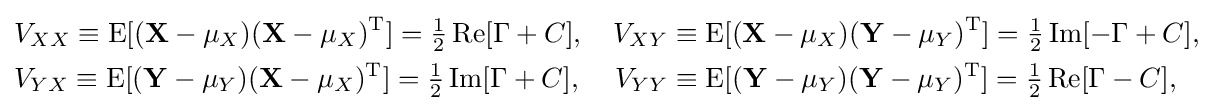
{\begin{aligned}&V_{XX}\equiv \operatorname {E} [(\mathbf {X} -\mu _{X})(\mathbf {X} -\mu _{X})^{\mathrm {T} }]={\tfrac {1}{2}}\operatorname {Re} [\Gamma +C],\quad V_{XY}\equiv \operatorname {E} [(\mathbf {X} -\mu _{X})(\mathbf {Y} -\mu _{Y})^{\mathrm {T} }]={\tfrac {1}{2}}\operatorname {Im} [-\Gamma +C],\\&V_{YX}\equiv \operatorname {E} [(\mathbf {Y} -\mu _{Y})(\mathbf {X} -\mu _{X})^{\mathrm {T} }]={\tfrac {1}{2}}\operatorname {Im} [\Gamma +C],\quad \,V_{YY}\equiv \operatorname {E} [(\mathbf {Y} -\mu _{Y})(\mathbf {Y} -\mu _{Y})^{\mathrm {T} }]={\tfrac {1}{2}}\operatorname {Re} [\Gamma -C],\end{aligned}}